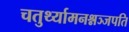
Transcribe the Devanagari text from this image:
चतुर्थ्यामनश्नञ्जपति